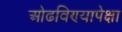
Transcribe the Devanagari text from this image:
ओढविण्यापेक्षा